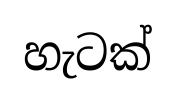
හැටක්